Second report of the anti-malarial operations at Mian Mir, 1901-1903 - Number 9
Year: 1901
Disease focus: Malaria
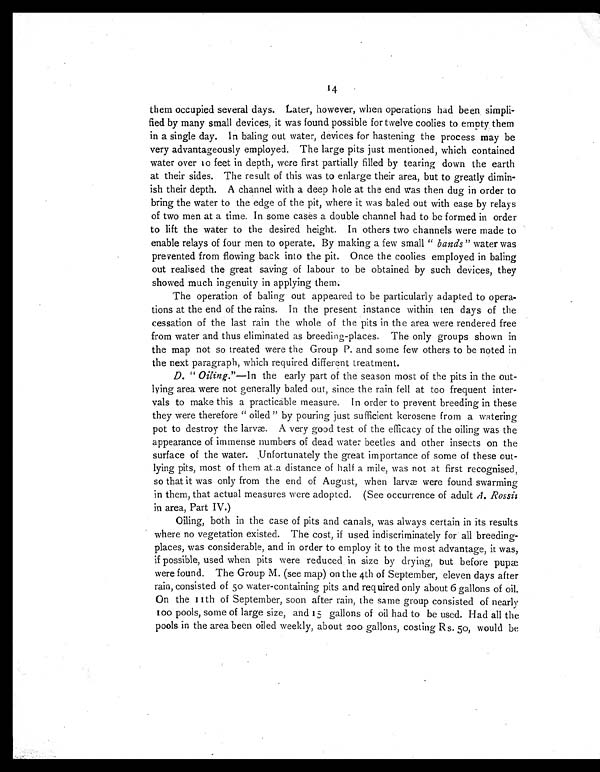
them occupied several days. Later, however, when operations had been simpli-
fied by many small devices, it was found possible for twelve coolies to empty them
in a single day. In baling out water, devices for hastening the process may be
very advantageously employed. The large pits just mentioned, which contained
water over 10 feet in depth, were first partially filled by tearing down the earth
at their sides. The result of this was to enlarge their area, but to greatly dimin-
ish their depth. A channel with a deep hole at the end was then dug in order to
bring the water to the edge of the pit, where it was baled out with ease by relays
of two men at a time. In some cases a double channel had to be formed in order
to lift the water to the desired height. In others two channels were made to
enable relays of four men to operate. By making a few small " bands" water was
prevented from flowing back into the pit. Once the coolies employed in baling
out realised the great saving of labour to be obtained by such devices, they
showed much ingenuity in applying them.
The operation of baling out appeared to be particularly adapted to opera-
tions at the end of the rains. In the present instance within ten days of the
cessation of the last rain the whole of the pits in the area were rendered free
from water and thus eliminated as breeding-places. The only groups shown in
the map not so treated were the Group P. and some few others to be noted in
the next paragraph, which required different treatment.
D. " Oiling."—In the early part of the season most of the pits in the out-
lying area were not generally baled out, since the rain fell at too frequent inter-
vals to make this a practicable measure. In order to prevent breeding in these
they were therefore " oiled " by pouring just sufficient kerosene from a watering
pot to destroy the larvæ. A very good test of the efficacy of the oiling was the
appearance of immense numbers of dead water beetles and other insects on the
surface of the water. Unfortunately the great importance of some of these out-
lying pits, most of them at a distance of half a mile, was not at first recognised,
so that it was only from the end of August, when larvæ were found swarming
in them, that actual measures were adopted. (See occurrence of adult A. Rossii
in area, Part IV.)
Oiling, both in the case of pits and canals, was always certain in its results
where no vegetation existed. The cost, if used indiscriminately for all breeding-
places, was considerable, and in order to employ it to the most advantage, it was,
if possible, used when pits were reduced in size by drying, but before pupæ
were found. The Group M. (see map) on the 4th of September, eleven days after
rain, consisted of 50 water-containing pits and required only about 6 gallons of oil.
On the 11th of September, soon after rain, the same group consisted of nearly
100 pools, some of large size, and 15 gallons of oil had to be used. Had all the
pools in the area been oiled weekly, about 200 gallons, costing Rs. 50, would be